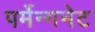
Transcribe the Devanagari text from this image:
पर्मेन्गनेट